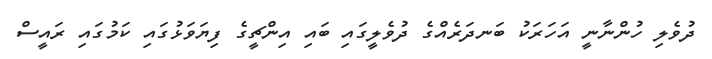
ދުވެލި ހުންނާނީ އަހަރަކު ބަނދަރެއްގެ ދުވެލީގައި ބައި އިންޗީގެ ފިޔަވަޅުގައި ކަމުގައި ރައީސް